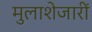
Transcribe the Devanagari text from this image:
मुलाशेजारीं